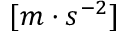
[ m \cdot s ^ { - 2 } ]